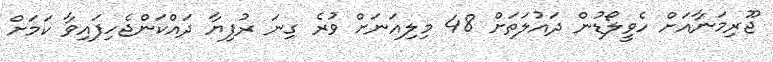
ޖޫރިމަނާއަށް ހެވީލޯޑުން ދައުލަތަށް 48 މިލިއަނަށް ވުރެ ގިނަ ރުފިޔާ ދައްކަންޖެހިފައިވާ ކަމަށް